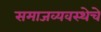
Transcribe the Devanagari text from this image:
समाजव्‍यवस्‍थेचे